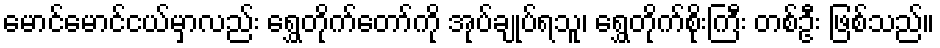
မောင်မောင်ငယ်မှာလည်း ရွှေတိုက်တော်ကို အုပ်ချုပ်ရသူ၊ ရွှေတိုက်စိုးကြီး တစ်ဦး ဖြစ်သည်။